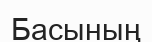
Басының